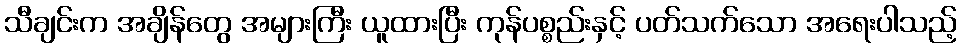
သီချင်းက အချိန်တွေ အများကြီး ယူထားပြီး ကုန်ပစ္စည်းနှင့် ပတ်သက်သော အရေးပါသည့်